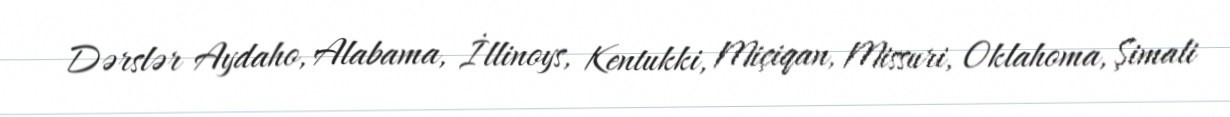
Dərslər Aydaho, Alabama, İllinoys, Kentukki, Miçiqan, Missuri, Oklahoma, Şimali